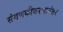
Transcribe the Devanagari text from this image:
संगणकीकरणानंतर